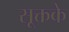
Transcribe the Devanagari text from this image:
सूक्तके